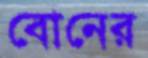
বোনের